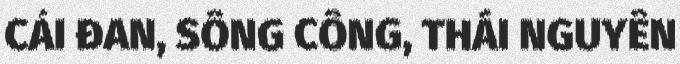
CẢI ĐAN, SÔNG CÔNG, THÁI NGUYÊN